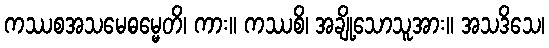
ကဿစအသမေဓမ္မေတိ၊ ကား။ ကဿစိ၊ အချို့သောသူအား။ အသဒိသေ၊